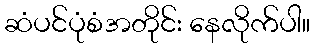
ဆံပင်ပုံစံအတိုင်း နေလိုက်ပါ။